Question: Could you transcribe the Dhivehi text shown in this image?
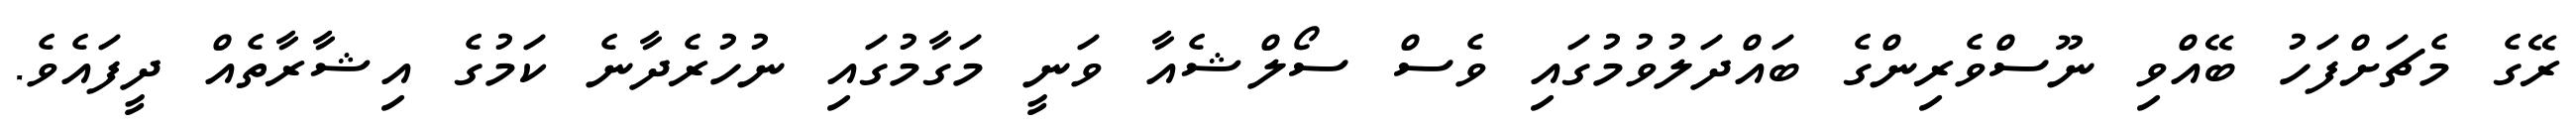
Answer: ރޭގެ މެޗަށްފަހު ބޭއްވި ނޫސްވެރިންގެ ބައްދަލުވުމުގައި ވެސް ސޯލްޝެއާ ވަނީ މަގާމުގައި ނުހުރެދާނެ ކަމުގެ އިޝާރާތެއް ދީފައެވެ.